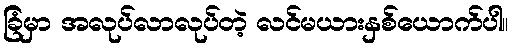
ခြံမှာ အလုပ်လာလုပ်တဲ့ လင်မယားနှစ်ယောက်ပါ။